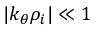
| k _ { \theta } \rho _ { i } | \ll 1